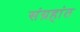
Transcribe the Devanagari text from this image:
संग्रहांत